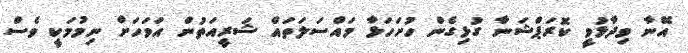
އޭނާ ވިދާޅުވީ ކޮރަޕްޝަނާ ގުޅިގެން ހުށަހަޅާ މައްސަލަތައް ޝަރީއަތުން އަވަހަށް ނިމުމަކީ ވެސް